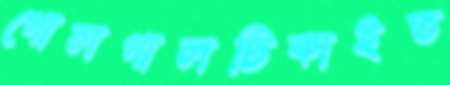
গোলগালটিকাইত